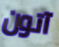
آتون